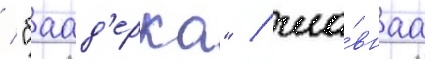
/ "баад'ерка" / гла́внаа